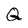
Character: Q